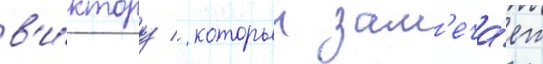
в'и́ктору / которыи зам'еча́ет